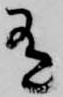
有